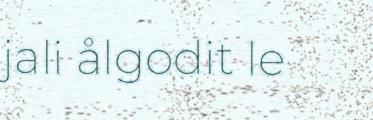
jali ålgodit le